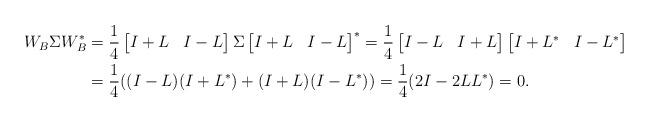
LaTeX: \begin{align*}W_B \Sigma W_B^*&=\frac{1}{4}\begin{bmatrix}I+L &I-L \end{bmatrix}\Sigma \begin{bmatrix} I+L &I-L \end{bmatrix}^*=\frac{1}{4}\begin{bmatrix}I-L &I+L \end{bmatrix}\begin{bmatrix} I+L^* &I-L^* \end{bmatrix}\\&=\frac{1}{4}(( I-L)(I+L^*)+(I+L)( I-L^*))=\frac{1}{4}(2 I-2LL^*)=0.\end{align*}